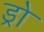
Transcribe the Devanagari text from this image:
ड्रो